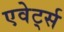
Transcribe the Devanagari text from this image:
एवेर्ट्स